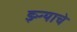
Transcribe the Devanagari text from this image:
झ्ऱ्याचे